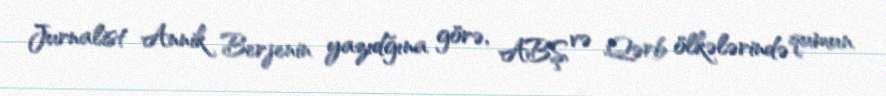
Jurnalist Annik Berjenin yazıdğına görə, ABŞ və Qərb ölkələrində qumun